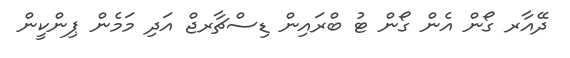
ދޭއާރ ގޯން އެން ގޯން ޓު ބްރައިން ޑިސްޗާރޖް އަދި މަމެން ޕިންކީން